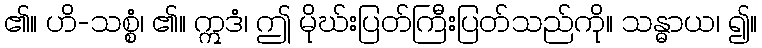
၏။ ဟိ-သစ္စံ၊ ၏။ ဣဒံ၊ ဤ မိုဃ်းပြတ်ကြီးပြတ်သည်ကို။ သန္ဓာယ၊ ၍။